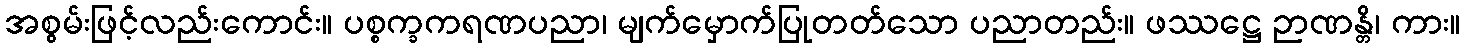
အစွမ်းဖြင့်လည်းကောင်း။ ပစ္စက္ခကရဏပညာ၊ မျက်မှောက်ပြုတတ်သော ပညာတည်း။ ဖဿဋ္ဌေ ဉာဏန္တိ၊ ကား။